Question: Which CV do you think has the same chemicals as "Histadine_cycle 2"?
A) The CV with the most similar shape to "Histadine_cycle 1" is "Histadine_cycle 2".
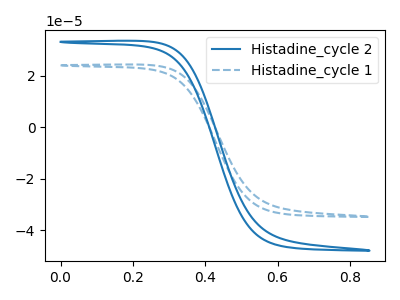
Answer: <think>The blue curve "Histadine_cycle 2" has no peaks. The blue dashed curve "Histadine_cycle 1" has no peaks.
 Neither "Histadine_cycle 2" or "Histadine_cycle 1" have any peaks.</think>
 <answer>A) The CV with the most similar shape to "Histadine_cycle 1" is "Histadine_cycle 2".</answer>
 <eval>A</eval>